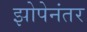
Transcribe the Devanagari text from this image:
झोपेनंतर